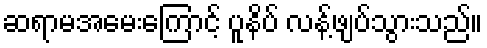
ဆရာမအမေးကြောင့် ပူနိပ် လန့်ဖျပ်သွားသည်။